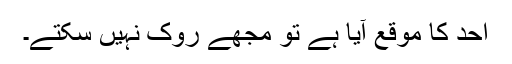
اُحُد کا موقع آیا ہے تو مجھے روک نہیں سکتے۔